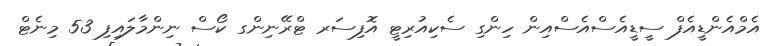
އެމްއެންޑީއެފް ސީޑީއެސްއެސްއިން ހިންގި ސެކިއުރިޓީ އޮފިސަރ ޓްރޭނިންގ ކޯސް ނިންމާލައިފި 53 މިނެޓް